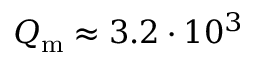
Q _ { \mathrm { m } } \approx 3 . 2 \cdot 1 0 ^ { 3 }